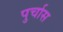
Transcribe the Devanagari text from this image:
पुर्चास